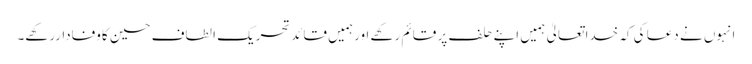
انہوں نے دعا کی کہ خدا تعالیٰ ہمیں اپنے حلف پر قائم رکھے اورہمیں قائدتحریک الطاف حسین کاوفاداررکھے۔